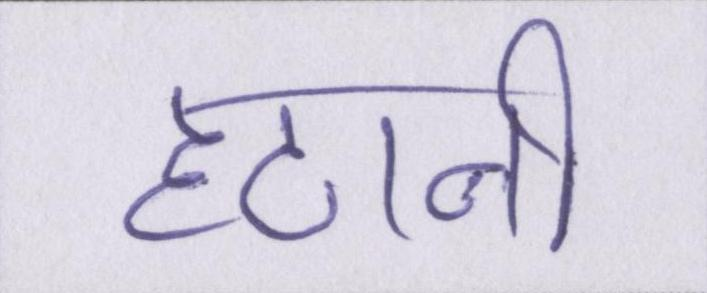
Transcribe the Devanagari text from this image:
हटानी